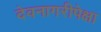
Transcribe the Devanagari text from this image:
देवनागरीपेक्षा